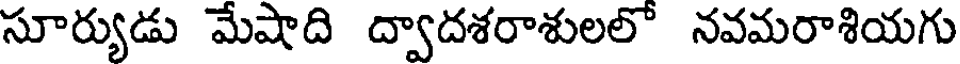
సూర్యుడు మేషాది ద్వాదశరాశులలో నవమరాశియగు